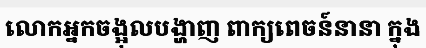
លោកអ្នកចង្អុលបង្ហាញ ពាក្យពេចន៍នានា ក្នុង